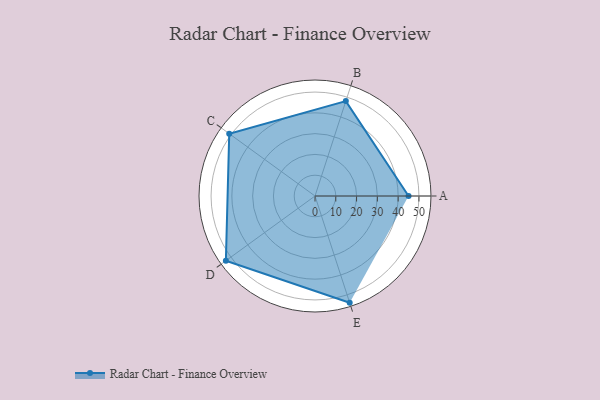
{"axis": {"x": "Skill", "y": "Score"}, "legend": ["Profile"], "data": [{"x": "A", "y": 45.0, "type": "Profile"}, {"x": "B", "y": 48.0, "type": "Profile"}, {"x": "C", "y": 51.0, "type": "Profile"}, {"x": "D", "y": 53.0, "type": "Profile"}, {"x": "E", "y": 54.0, "type": "Profile"}]}